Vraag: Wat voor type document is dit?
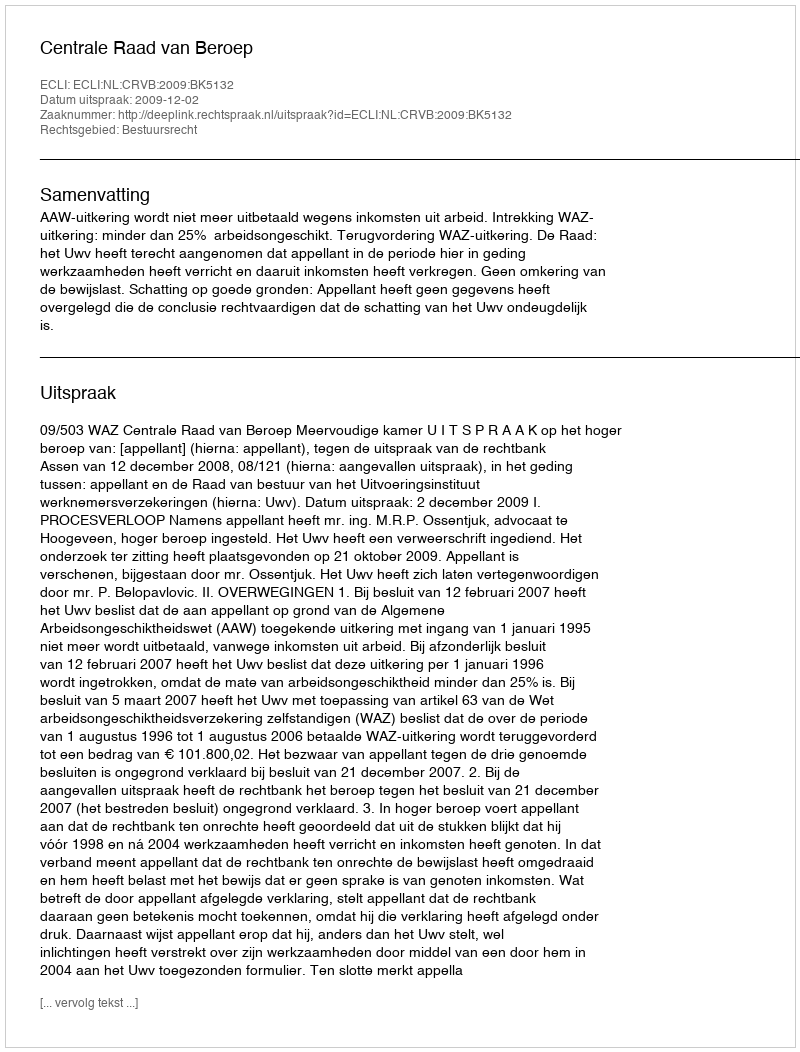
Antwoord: Uitspraak